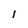
Character: l